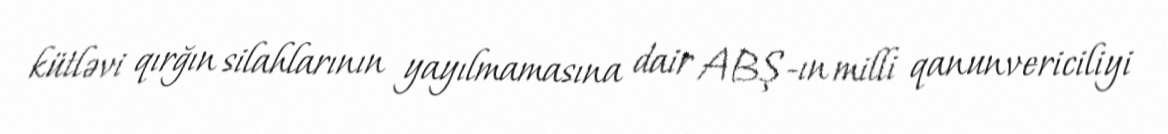
kütləvi qırğın silahlarının yayılmamasına dair ABŞ-ın milli qanunvericiliyi